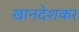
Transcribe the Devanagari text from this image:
खानदेशकर